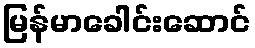
မြန်မာခေါင်းဆောင်